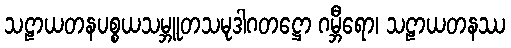
သဠာယတနပစ္စယသမ္ဘူတသမုဒါဂတဋ္ဌော ဂမ္ဘီရော၊ သဠာယတနဿ